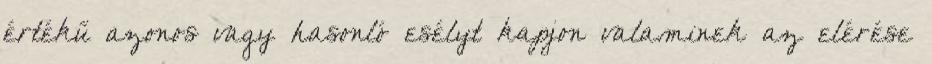
értékű azonos vagy hasonló esélyt kapjon valaminek az elérése